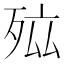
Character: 𭮐